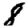
Digit: 8